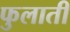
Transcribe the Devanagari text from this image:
फुलाती